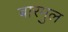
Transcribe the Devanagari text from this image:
बारमुल